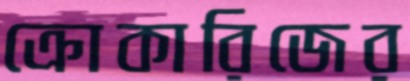
ক্রোকারিজের